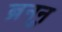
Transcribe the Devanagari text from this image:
ब्रुनन